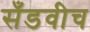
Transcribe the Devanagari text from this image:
सँडवीच